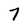
Character: 7